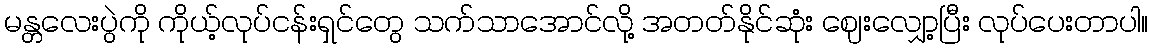
မန္တလေးပွဲကို ကိုယ့်လုပ်ငန်းရှင်တွေ သက်သာအောင်လို့ အတတ်နိုင်ဆုံး ဈေးလျှော့ပြီး လုပ်ပေးတာပါ။